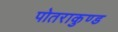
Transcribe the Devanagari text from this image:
पोतराकुण्ड